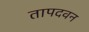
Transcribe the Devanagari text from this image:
तापदवन